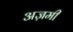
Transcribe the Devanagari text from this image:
अज़मी